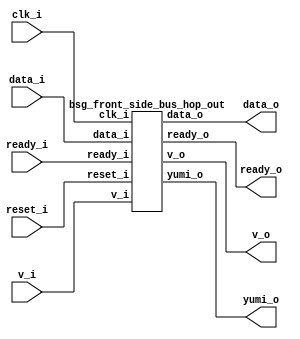


module top
(
  clk_i,
  reset_i,
  v_i,
  data_i,
  ready_o,
  yumi_o,
  v_o,
  data_o,
  ready_i
);

  input [1:0] v_i;
  input [31:0] data_i;
  output [15:0] data_o;
  input clk_i;
  input reset_i;
  input ready_i;
  output ready_o;
  output yumi_o;
  output v_o;

  bsg_front_side_bus_hop_out
  wrapper
  (
    .v_i(v_i),
    .data_i(data_i),
    .data_o(data_o),
    .clk_i(clk_i),
    .reset_i(reset_i),
    .ready_i(ready_i),
    .ready_o(ready_o),
    .yumi_o(yumi_o),
    .v_o(v_o)
  );


endmodule



module bsg_mem_1r1w_synth_width_p16_els_p2_read_write_same_addr_p0
(
  w_clk_i,
  w_reset_i,
  w_v_i,
  w_addr_i,
  w_data_i,
  r_v_i,
  r_addr_i,
  r_data_o
);

  input [0:0] w_addr_i;
  input [15:0] w_data_i;
  input [0:0] r_addr_i;
  output [15:0] r_data_o;
  input w_clk_i;
  input w_reset_i;
  input w_v_i;
  input r_v_i;
  wire [15:0] r_data_o;
  wire N0,N1,N2,N3,N4,N5,N7,N8;
  wire [31:0] \nz.mem ;
  reg \nz.mem_31_sv2v_reg ,\nz.mem_30_sv2v_reg ,\nz.mem_29_sv2v_reg ,
  \nz.mem_28_sv2v_reg ,\nz.mem_27_sv2v_reg ,\nz.mem_26_sv2v_reg ,\nz.mem_25_sv2v_reg ,
  \nz.mem_24_sv2v_reg ,\nz.mem_23_sv2v_reg ,\nz.mem_22_sv2v_reg ,\nz.mem_21_sv2v_reg ,
  \nz.mem_20_sv2v_reg ,\nz.mem_19_sv2v_reg ,\nz.mem_18_sv2v_reg ,\nz.mem_17_sv2v_reg ,
  \nz.mem_16_sv2v_reg ,\nz.mem_15_sv2v_reg ,\nz.mem_14_sv2v_reg ,\nz.mem_13_sv2v_reg ,
  \nz.mem_12_sv2v_reg ,\nz.mem_11_sv2v_reg ,\nz.mem_10_sv2v_reg ,
  \nz.mem_9_sv2v_reg ,\nz.mem_8_sv2v_reg ,\nz.mem_7_sv2v_reg ,\nz.mem_6_sv2v_reg ,
  \nz.mem_5_sv2v_reg ,\nz.mem_4_sv2v_reg ,\nz.mem_3_sv2v_reg ,\nz.mem_2_sv2v_reg ,
  \nz.mem_1_sv2v_reg ,\nz.mem_0_sv2v_reg ;
  assign \nz.mem [31] = \nz.mem_31_sv2v_reg ;
  assign \nz.mem [30] = \nz.mem_30_sv2v_reg ;
  assign \nz.mem [29] = \nz.mem_29_sv2v_reg ;
  assign \nz.mem [28] = \nz.mem_28_sv2v_reg ;
  assign \nz.mem [27] = \nz.mem_27_sv2v_reg ;
  assign \nz.mem [26] = \nz.mem_26_sv2v_reg ;
  assign \nz.mem [25] = \nz.mem_25_sv2v_reg ;
  assign \nz.mem [24] = \nz.mem_24_sv2v_reg ;
  assign \nz.mem [23] = \nz.mem_23_sv2v_reg ;
  assign \nz.mem [22] = \nz.mem_22_sv2v_reg ;
  assign \nz.mem [21] = \nz.mem_21_sv2v_reg ;
  assign \nz.mem [20] = \nz.mem_20_sv2v_reg ;
  assign \nz.mem [19] = \nz.mem_19_sv2v_reg ;
  assign \nz.mem [18] = \nz.mem_18_sv2v_reg ;
  assign \nz.mem [17] = \nz.mem_17_sv2v_reg ;
  assign \nz.mem [16] = \nz.mem_16_sv2v_reg ;
  assign \nz.mem [15] = \nz.mem_15_sv2v_reg ;
  assign \nz.mem [14] = \nz.mem_14_sv2v_reg ;
  assign \nz.mem [13] = \nz.mem_13_sv2v_reg ;
  assign \nz.mem [12] = \nz.mem_12_sv2v_reg ;
  assign \nz.mem [11] = \nz.mem_11_sv2v_reg ;
  assign \nz.mem [10] = \nz.mem_10_sv2v_reg ;
  assign \nz.mem [9] = \nz.mem_9_sv2v_reg ;
  assign \nz.mem [8] = \nz.mem_8_sv2v_reg ;
  assign \nz.mem [7] = \nz.mem_7_sv2v_reg ;
  assign \nz.mem [6] = \nz.mem_6_sv2v_reg ;
  assign \nz.mem [5] = \nz.mem_5_sv2v_reg ;
  assign \nz.mem [4] = \nz.mem_4_sv2v_reg ;
  assign \nz.mem [3] = \nz.mem_3_sv2v_reg ;
  assign \nz.mem [2] = \nz.mem_2_sv2v_reg ;
  assign \nz.mem [1] = \nz.mem_1_sv2v_reg ;
  assign \nz.mem [0] = \nz.mem_0_sv2v_reg ;
  assign r_data_o[15] = (N3)? \nz.mem [15] : 
                        (N0)? \nz.mem [31] : 1'b0;
  assign N0 = r_addr_i[0];
  assign r_data_o[14] = (N3)? \nz.mem [14] : 
                        (N0)? \nz.mem [30] : 1'b0;
  assign r_data_o[13] = (N3)? \nz.mem [13] : 
                        (N0)? \nz.mem [29] : 1'b0;
  assign r_data_o[12] = (N3)? \nz.mem [12] : 
                        (N0)? \nz.mem [28] : 1'b0;
  assign r_data_o[11] = (N3)? \nz.mem [11] : 
                        (N0)? \nz.mem [27] : 1'b0;
  assign r_data_o[10] = (N3)? \nz.mem [10] : 
                        (N0)? \nz.mem [26] : 1'b0;
  assign r_data_o[9] = (N3)? \nz.mem [9] : 
                       (N0)? \nz.mem [25] : 1'b0;
  assign r_data_o[8] = (N3)? \nz.mem [8] : 
                       (N0)? \nz.mem [24] : 1'b0;
  assign r_data_o[7] = (N3)? \nz.mem [7] : 
                       (N0)? \nz.mem [23] : 1'b0;
  assign r_data_o[6] = (N3)? \nz.mem [6] : 
                       (N0)? \nz.mem [22] : 1'b0;
  assign r_data_o[5] = (N3)? \nz.mem [5] : 
                       (N0)? \nz.mem [21] : 1'b0;
  assign r_data_o[4] = (N3)? \nz.mem [4] : 
                       (N0)? \nz.mem [20] : 1'b0;
  assign r_data_o[3] = (N3)? \nz.mem [3] : 
                       (N0)? \nz.mem [19] : 1'b0;
  assign r_data_o[2] = (N3)? \nz.mem [2] : 
                       (N0)? \nz.mem [18] : 1'b0;
  assign r_data_o[1] = (N3)? \nz.mem [1] : 
                       (N0)? \nz.mem [17] : 1'b0;
  assign r_data_o[0] = (N3)? \nz.mem [0] : 
                       (N0)? \nz.mem [16] : 1'b0;
  assign N5 = ~w_addr_i[0];
  assign { N8, N7 } = (N1)? { w_addr_i[0:0], N5 } : 
                      (N2)? { 1'b0, 1'b0 } : 1'b0;
  assign N1 = w_v_i;
  assign N2 = N4;
  assign N3 = ~r_addr_i[0];
  assign N4 = ~w_v_i;

  always @(posedge w_clk_i) begin
    if(N8) begin
      \nz.mem_31_sv2v_reg  <= w_data_i[15];
      \nz.mem_30_sv2v_reg  <= w_data_i[14];
      \nz.mem_29_sv2v_reg  <= w_data_i[13];
      \nz.mem_28_sv2v_reg  <= w_data_i[12];
      \nz.mem_27_sv2v_reg  <= w_data_i[11];
      \nz.mem_26_sv2v_reg  <= w_data_i[10];
      \nz.mem_25_sv2v_reg  <= w_data_i[9];
      \nz.mem_24_sv2v_reg  <= w_data_i[8];
      \nz.mem_23_sv2v_reg  <= w_data_i[7];
      \nz.mem_22_sv2v_reg  <= w_data_i[6];
      \nz.mem_21_sv2v_reg  <= w_data_i[5];
      \nz.mem_20_sv2v_reg  <= w_data_i[4];
      \nz.mem_19_sv2v_reg  <= w_data_i[3];
      \nz.mem_18_sv2v_reg  <= w_data_i[2];
      \nz.mem_17_sv2v_reg  <= w_data_i[1];
      \nz.mem_16_sv2v_reg  <= w_data_i[0];
    end 
    if(N7) begin
      \nz.mem_15_sv2v_reg  <= w_data_i[15];
      \nz.mem_14_sv2v_reg  <= w_data_i[14];
      \nz.mem_13_sv2v_reg  <= w_data_i[13];
      \nz.mem_12_sv2v_reg  <= w_data_i[12];
      \nz.mem_11_sv2v_reg  <= w_data_i[11];
      \nz.mem_10_sv2v_reg  <= w_data_i[10];
      \nz.mem_9_sv2v_reg  <= w_data_i[9];
      \nz.mem_8_sv2v_reg  <= w_data_i[8];
      \nz.mem_7_sv2v_reg  <= w_data_i[7];
      \nz.mem_6_sv2v_reg  <= w_data_i[6];
      \nz.mem_5_sv2v_reg  <= w_data_i[5];
      \nz.mem_4_sv2v_reg  <= w_data_i[4];
      \nz.mem_3_sv2v_reg  <= w_data_i[3];
      \nz.mem_2_sv2v_reg  <= w_data_i[2];
      \nz.mem_1_sv2v_reg  <= w_data_i[1];
      \nz.mem_0_sv2v_reg  <= w_data_i[0];
    end 
  end


endmodule



module bsg_mem_1r1w_width_p16_els_p2_read_write_same_addr_p0
(
  w_clk_i,
  w_reset_i,
  w_v_i,
  w_addr_i,
  w_data_i,
  r_v_i,
  r_addr_i,
  r_data_o
);

  input [0:0] w_addr_i;
  input [15:0] w_data_i;
  input [0:0] r_addr_i;
  output [15:0] r_data_o;
  input w_clk_i;
  input w_reset_i;
  input w_v_i;
  input r_v_i;
  wire [15:0] r_data_o;

  bsg_mem_1r1w_synth_width_p16_els_p2_read_write_same_addr_p0
  synth
  (
    .w_clk_i(w_clk_i),
    .w_reset_i(w_reset_i),
    .w_v_i(w_v_i),
    .w_addr_i(w_addr_i[0]),
    .w_data_i(w_data_i),
    .r_v_i(r_v_i),
    .r_addr_i(r_addr_i[0]),
    .r_data_o(r_data_o)
  );


endmodule



module bsg_two_fifo_width_p16
(
  clk_i,
  reset_i,
  ready_o,
  data_i,
  v_i,
  v_o,
  data_o,
  yumi_i
);

  input [15:0] data_i;
  output [15:0] data_o;
  input clk_i;
  input reset_i;
  input v_i;
  input yumi_i;
  output ready_o;
  output v_o;
  wire [15:0] data_o;
  wire ready_o,v_o,enq_i,tail_r,_0_net_,head_r,empty_r,full_r,N0,N1,N2,N3,N4,N5,N6,N7,
  N8,N9,N10,N11,N12,N13,N14;
  reg full_r_sv2v_reg,tail_r_sv2v_reg,head_r_sv2v_reg,empty_r_sv2v_reg;
  assign full_r = full_r_sv2v_reg;
  assign tail_r = tail_r_sv2v_reg;
  assign head_r = head_r_sv2v_reg;
  assign empty_r = empty_r_sv2v_reg;

  bsg_mem_1r1w_width_p16_els_p2_read_write_same_addr_p0
  mem_1r1w
  (
    .w_clk_i(clk_i),
    .w_reset_i(reset_i),
    .w_v_i(enq_i),
    .w_addr_i(tail_r),
    .w_data_i(data_i),
    .r_v_i(_0_net_),
    .r_addr_i(head_r),
    .r_data_o(data_o)
  );

  assign _0_net_ = ~empty_r;
  assign v_o = ~empty_r;
  assign ready_o = ~full_r;
  assign enq_i = v_i & N5;
  assign N5 = ~full_r;
  assign N1 = enq_i;
  assign N0 = ~tail_r;
  assign N2 = ~head_r;
  assign N3 = N7 | N9;
  assign N7 = empty_r & N6;
  assign N6 = ~enq_i;
  assign N9 = N8 & N6;
  assign N8 = N5 & yumi_i;
  assign N4 = N13 | N14;
  assign N13 = N11 & N12;
  assign N11 = N10 & enq_i;
  assign N10 = ~empty_r;
  assign N12 = ~yumi_i;
  assign N14 = full_r & N12;

  always @(posedge clk_i) begin
    if(reset_i) begin
      full_r_sv2v_reg <= 1'b0;
      empty_r_sv2v_reg <= 1'b1;
    end else if(1'b1) begin
      full_r_sv2v_reg <= N4;
      empty_r_sv2v_reg <= N3;
    end 
    if(reset_i) begin
      tail_r_sv2v_reg <= 1'b0;
    end else if(N1) begin
      tail_r_sv2v_reg <= N0;
    end 
    if(reset_i) begin
      head_r_sv2v_reg <= 1'b0;
    end else if(yumi_i) begin
      head_r_sv2v_reg <= N2;
    end 
  end


endmodule



module bsg_front_side_bus_hop_out
(
  clk_i,
  reset_i,
  v_i,
  data_i,
  ready_o,
  yumi_o,
  v_o,
  data_o,
  ready_i
);

  input [1:0] v_i;
  input [31:0] data_i;
  output [15:0] data_o;
  input clk_i;
  input reset_i;
  input ready_i;
  output ready_o;
  output yumi_o;
  output v_o;
  wire [15:0] data_o;
  wire ready_o,yumi_o,v_o,N0,N1,N2,v1_blocked_r,source_sel,fifo_ready,N3,N4,N5,
  _0_net__15_,_0_net__14_,_0_net__13_,_0_net__12_,_0_net__11_,_0_net__10_,_0_net__9_,
  _0_net__8_,_0_net__7_,_0_net__6_,_0_net__5_,_0_net__4_,_0_net__3_,_0_net__2_,
  _0_net__1_,_0_net__0_,_1_net_,_2_net_,N6,N7,N8,N9,N10;
  reg v1_blocked_r_sv2v_reg;
  assign v1_blocked_r = v1_blocked_r_sv2v_reg;

  bsg_two_fifo_width_p16
  fifo
  (
    .clk_i(clk_i),
    .reset_i(reset_i),
    .ready_o(fifo_ready),
    .data_i({ _0_net__15_, _0_net__14_, _0_net__13_, _0_net__12_, _0_net__11_, _0_net__10_, _0_net__9_, _0_net__8_, _0_net__7_, _0_net__6_, _0_net__5_, _0_net__4_, _0_net__3_, _0_net__2_, _0_net__1_, _0_net__0_ }),
    .v_i(_2_net_),
    .v_o(v_o),
    .data_o(data_o),
    .yumi_i(_1_net_)
  );

  assign _0_net__15_ = (N6)? data_i[15] : 
                       (N0)? data_i[31] : 1'b0;
  assign N0 = source_sel;
  assign _0_net__14_ = (N6)? data_i[14] : 
                       (N0)? data_i[30] : 1'b0;
  assign _0_net__13_ = (N6)? data_i[13] : 
                       (N0)? data_i[29] : 1'b0;
  assign _0_net__12_ = (N6)? data_i[12] : 
                       (N0)? data_i[28] : 1'b0;
  assign _0_net__11_ = (N6)? data_i[11] : 
                       (N0)? data_i[27] : 1'b0;
  assign _0_net__10_ = (N6)? data_i[10] : 
                       (N0)? data_i[26] : 1'b0;
  assign _0_net__9_ = (N6)? data_i[9] : 
                      (N0)? data_i[25] : 1'b0;
  assign _0_net__8_ = (N6)? data_i[8] : 
                      (N0)? data_i[24] : 1'b0;
  assign _0_net__7_ = (N6)? data_i[7] : 
                      (N0)? data_i[23] : 1'b0;
  assign _0_net__6_ = (N6)? data_i[6] : 
                      (N0)? data_i[22] : 1'b0;
  assign _0_net__5_ = (N6)? data_i[5] : 
                      (N0)? data_i[21] : 1'b0;
  assign _0_net__4_ = (N6)? data_i[4] : 
                      (N0)? data_i[20] : 1'b0;
  assign _0_net__3_ = (N6)? data_i[3] : 
                      (N0)? data_i[19] : 1'b0;
  assign _0_net__2_ = (N6)? data_i[2] : 
                      (N0)? data_i[18] : 1'b0;
  assign _0_net__1_ = (N6)? data_i[1] : 
                      (N0)? data_i[17] : 1'b0;
  assign _0_net__0_ = (N6)? data_i[0] : 
                      (N0)? data_i[16] : 1'b0;
  assign N5 = (N1)? N4 : 
              (N2)? v1_blocked_r : 1'b0;
  assign N1 = fifo_ready;
  assign N2 = N3;
  assign source_sel = N7 | v1_blocked_r;
  assign N7 = ~v_i[0];
  assign yumi_o = N8 & source_sel;
  assign N8 = fifo_ready & v_i[1];
  assign N3 = ~fifo_ready;
  assign N4 = v_i[1] & N9;
  assign N9 = ~source_sel;
  assign _2_net_ = v_i[1] | v_i[0];
  assign _1_net_ = v_o & ready_i;
  assign N6 = ~source_sel;
  assign ready_o = fifo_ready & N10;
  assign N10 = ~v1_blocked_r;

  always @(posedge clk_i) begin
    if(reset_i) begin
      v1_blocked_r_sv2v_reg <= 1'b0;
    end else if(1'b1) begin
      v1_blocked_r_sv2v_reg <= N5;
    end 
  end


endmodule